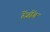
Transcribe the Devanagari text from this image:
रेंजोंग